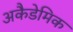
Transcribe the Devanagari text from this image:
अकैडेमिक